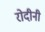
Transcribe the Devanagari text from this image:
रोदीनी